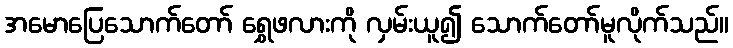
အမောပြေသောက်တော် ရွှေဖလားကို လှမ်းယူ၍ သောက်တော်မူလိုက်သည်။